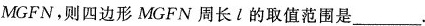
MGFN，则四边形MGFN周长l的取值范围是___ .